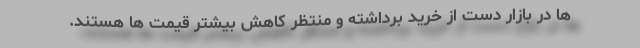
ها در بازار دست از خرید برداشته و منتظر کاهش بیشتر قیمت ها هستند.